Medical and sanitary report on the native army of Bombay for the year
Year: 1879
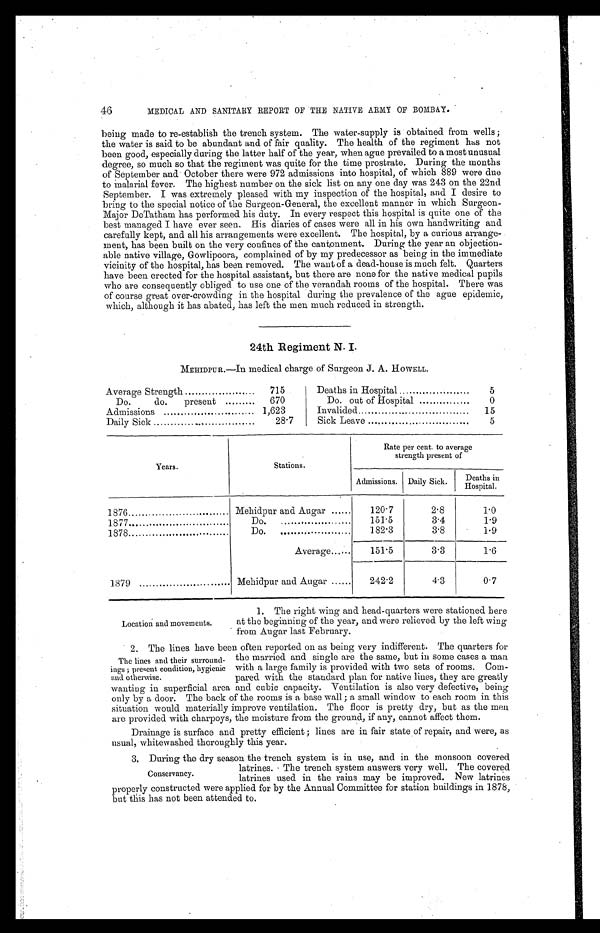
46
MEDICAL AND SANITARY REPORT OF THE NATIVE ARMY OF BOMBAY.
being made to re-establish the trench system. The water-supply is obtained from wells;
the water is said to be abundant and of fair quality. The health of the regiment has not
been good, especially during the latter half of the year, when ague prevailed to a most unusual
degree, so much so that the regiment was quite for the time prostrate. During the months
of September and October there were 972 admissions into hospital, of which 889 were due
to malarial fever. The highest number on the sick list on any one day was 243 on the 22nd
September. I was extremely pleased with my inspection of the hospital, and I desire to
bring to the special notice of the Surgeon-General, the excellent manner in which Surgeon
-Major DeTatham has performed his duty. In every respect this hospital is quite one of the
best managed I have ever seen. His diaries of cases were all in his own handwriting and
carefully kept, and all his arrangements were excellent. The hospital, by a curious arrange
-ment, has been built on the very confines of the cantonment. During the year an objection
-able native village, Gowlipoora, complained of by my predecessor as being in the immediate
vicinity of the hospital, has been removed. The want of a dead-house is much felt. Quarters
have been erected for the hospital assistant, but there are none for the native medical pupils
who are consequently obliged to use one of the verandah rooms of the hospital. There was
of course great over-crowding in the hospital during the prevalence of the ague epidemic,
which, although it has abated, has left the men much reduced in strength.
24th Regiment N. I.
MEHIDPUR.—In medical charge of Surgeon J. A. HOWELL.
Average Strength . . . 715
Deaths in Hospital . . .
5
Do.
do.
present . . . 670
Do. out of Hospital . . .
0
Admissions . . . 1,623
Invalided . . .
15
Daily Sick . . . 28.7
Sick Leave . . .
5
Years.
Stations.
Rate per cent. to average
strength present of
Admissions. Daily Sick.
D e a t h s i n H o s p i t a l .
1876 . . .
Mehidpur and Augar . . .
120.7
2.8
1.0
1877 . . .
Do.
151.5
3.4
1.9
1878 . . .
Do.
182.3
3.8
1.9
Average . . .
151.5
3.3
1.6
1879 . . .
Mehidpur and Augur . . .
242.2
4.3
0.7
Location and movements.
1. The right wing and head-quarters were stationed here
at the beginning of the year, and were relieved by the left wing
from Augar last February.
2. The lines have been often reported on as being very indifferent. The quarters for
the married and single are the same, but in some cases a man
with a large family is provided with two sets of rooms. Com
-pared with the standard plan for native lines, they are greatly
wanting in superficial area and cubic capacity. Ventilation is also very defective, being
only by a door. The back of the rooms is a base wall; a small window to each room in this
situation would materially improve ventilation. The floor is pretty dry, but as the men
are provided with charpoys, the moisture from the ground, if any, cannot affect them.
Drainage is surface and pretty efficient; lines are in fair state of repair, and were, as
usual whitewashed thoroughly this year.
The lines and their surround
-ings; present condition, hygienic
and otherwise.
3. During the dry season the trench system is in use, and in the monsoon covered
latrines. The trench system answers very well. The covered
latrines used in the rains may be improved. New latrines
properly constructed were applied for by the Annual Committee for station buildings in 1878,
but this has not been attended to.
Conservancy.